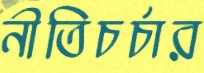
নীতিচর্চার